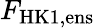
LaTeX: F_{\mathrm{HK1,ens}}